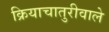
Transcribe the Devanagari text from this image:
क्रियाचातुरीवाले